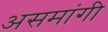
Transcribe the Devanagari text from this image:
असमांगी